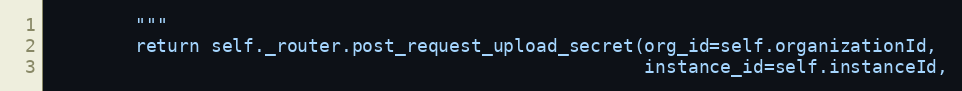
Language: Python
        """
        return self._router.post_request_upload_secret(org_id=self.organizationId,
                                                       instance_id=self.instanceId,